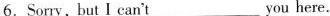
6.Sorry，but I can't___ you here.